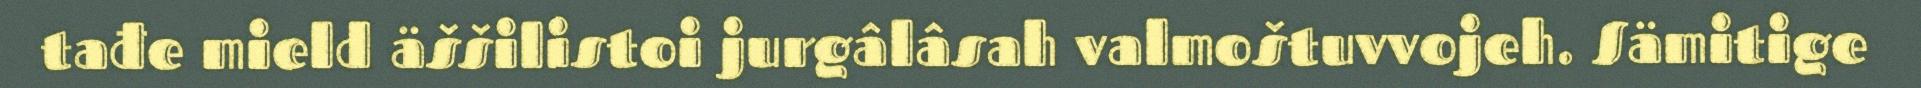
tađe mield äššilistoi jurgâlâsah valmoštuvvojeh. Sämitige